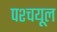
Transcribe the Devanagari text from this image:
पश्‍चयूल